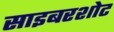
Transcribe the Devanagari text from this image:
साइबरशोट